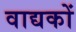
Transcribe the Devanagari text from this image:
वाद्यकों